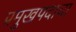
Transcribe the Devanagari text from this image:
प्रमुखपदाचा